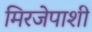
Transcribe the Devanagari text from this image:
मिरजेपाशी